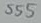
Text: 555